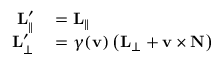
\begin{array} { r l } { \mathbf { L } _ { \parallel } ^ { \prime } } & { { } = \mathbf { L } _ { \parallel } } \\ { \mathbf { L } _ { \perp } ^ { \prime } } & { { } = \gamma ( \mathbf { v } ) \left( \mathbf { L } _ { \perp } + \mathbf { v } \times \mathbf { N } \right) } \end{array}